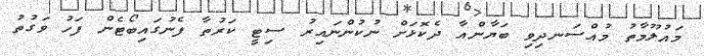
މައުލޫމާތު މުއްސަނދިވި ބަޔާންއާ ދެކޮޅަށް ނުކުންނައިރު ސިޓީ ކަރުތާ ފެނުގައިބޯޓެން ފަހު ވަގުތު